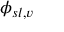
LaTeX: \phi _ { s l , v }